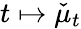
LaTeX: t\mapsto\check{\mu}_{t}